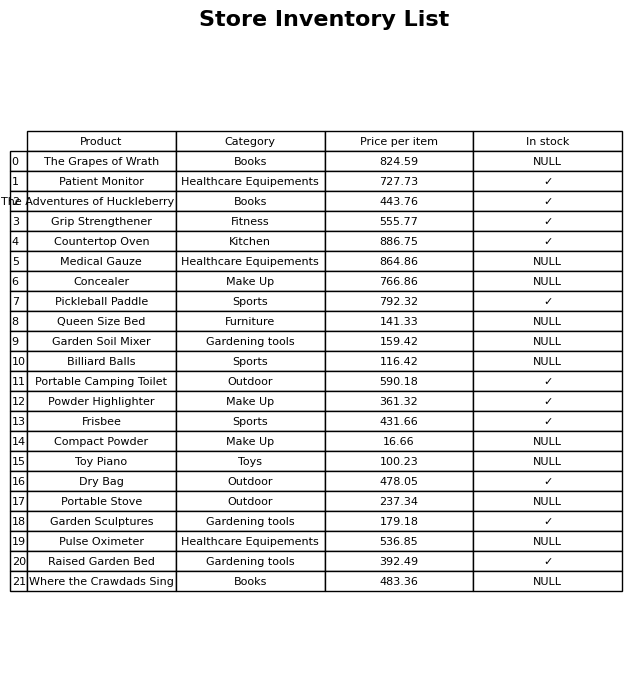
question: What is the price of the Portable Camping Toilet?
answer: The price of Portable Camping Toilet is 590.18.